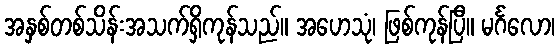
အနှစ်တစ်သိန်းအသက်ရှိကုန်သည်။ အဟေသုံ၊ ဖြစ်ကုန်ပြီ။ မင်္ဂလော၊